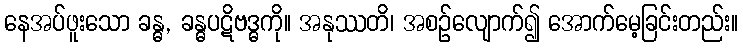
နေအပ်ဖူးသော ခန္ဓ, ခန္ဓပဋိဗဒ္ဓကို။ အနုဿတိ၊ အစဉ်လျောက်၍ အောက်မေ့ခြင်းတည်း။